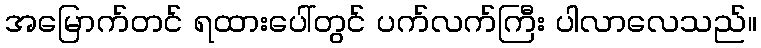
အမြောက်တင် ရထားပေါ်တွင် ပက်လက်ကြီး ပါလာလေသည်။